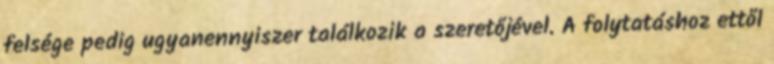
felsége pedig ugyanennyiszer találkozik a szeretőjével. A folytatáshoz ettől